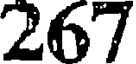
267